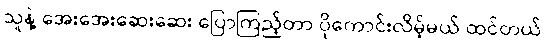
သူနဲ့ အေးအေးဆေးဆေး ပြောကြည့်တာ ပိုကောင်းလိမ့်မယ် ထင်တယ်